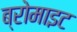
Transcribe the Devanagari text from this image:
ब्रोमाइट